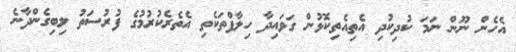
އެހެން ނޫން ނަމަ ކުދިކުދި އެތިއެތިކޮޅުން ގަވައިދާ ހިލާފްތަކެތި އެތެރެކުރުމުގެ ފުރުސަތު ލިބިގެންދާނެ